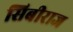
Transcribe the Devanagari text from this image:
सिबीराज